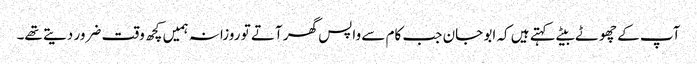
آپ کے چھوٹے بیٹے کہتے ہیں کہ ابو جان جب کام سے واپس گھر آتے تو روزانہ ہمیں کچھ وقت ضرور دیتے تھے۔